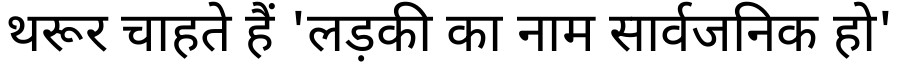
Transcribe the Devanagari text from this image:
थरूर चाहते हैं 'लड़की का नाम सार्वजनिक हो'